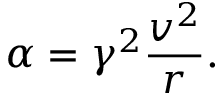
\alpha = \gamma ^ { 2 } { \frac { v ^ { 2 } } { r } } .